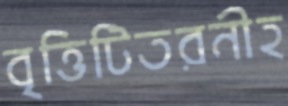
বৃত্তিটিতরনীহ